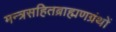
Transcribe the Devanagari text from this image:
मन्त्रसहितब्राह्मणग्रंथों